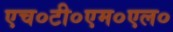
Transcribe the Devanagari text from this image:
एच०टी०एम०एल०